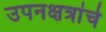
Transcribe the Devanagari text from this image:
उपनक्षत्रांचे